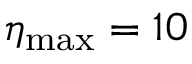
\eta _ { \mathrm { m a x } } = 1 0